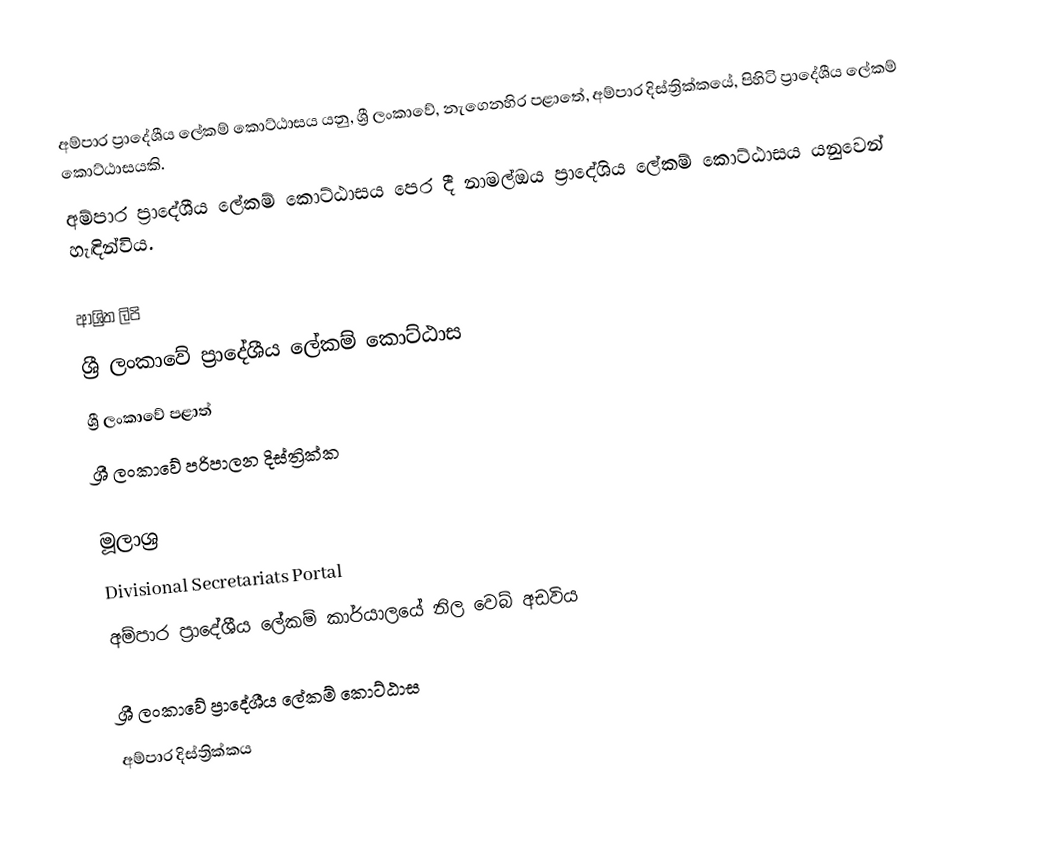
අම්පාර ප්‍රාදේශීය ලේකම් කොට්ඨාසය  යනු,  ශ්‍රී ලංකාවේ, නැගෙනහිර පළාතේ,   අම්පාර දිස්ත්‍රික්කයේ, පිහිටි ප්‍රාදේශීය ලේකම් කොට්ඨාසයකි.
අම්පාර ප්‍රාදේශීය ලේකම් කොට්ඨාසය පෙර දී නාමල්ඔය ප්‍රාදේශිය ලේකම් කොට්ඨාසය යනුවෙන් හැඳින්විය.

ආශ්‍රිත ලිපි
ශ්‍රී ලංකාවේ ප්‍රාදේශීය ලේකම් කොට්ඨාස
ශ්‍රී ලංකාවේ පළාත්
ශ්‍රී ලංකාවේ පරිපාලන දිස්ත්‍රික්ක

මූලාශ්‍ර
 Divisional Secretariats Portal
 අම්පාර ප්‍රාදේශීය ලේකම් කාර්යාලයේ නිල වෙබ් අඩවිය

ශ්‍රී ලංකාවේ ප්‍රාදේශීය ලේකම් කොට්ඨාස
අම්පාර දිස්ත්‍රික්කය